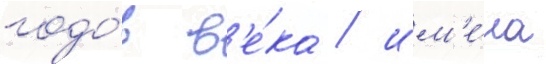
годо́в в'е́ка / им'е́ла